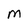
Character: M